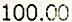
100.00